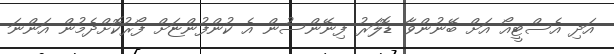
އަދި އެސްޓީއޯ އަށް ބޭނުންވާ ޑޮލަރު ފިނޭންސުން އެ ކުންފުންޏަށް ފޯރުކޮށްދެމުން އަންނަ